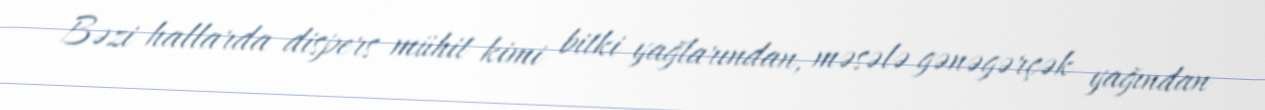
Bəzi hallarda dispers mühit kimi bitki yağlarından, məsələ gənəgərçək yağından